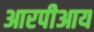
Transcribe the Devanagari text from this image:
आरपीआय